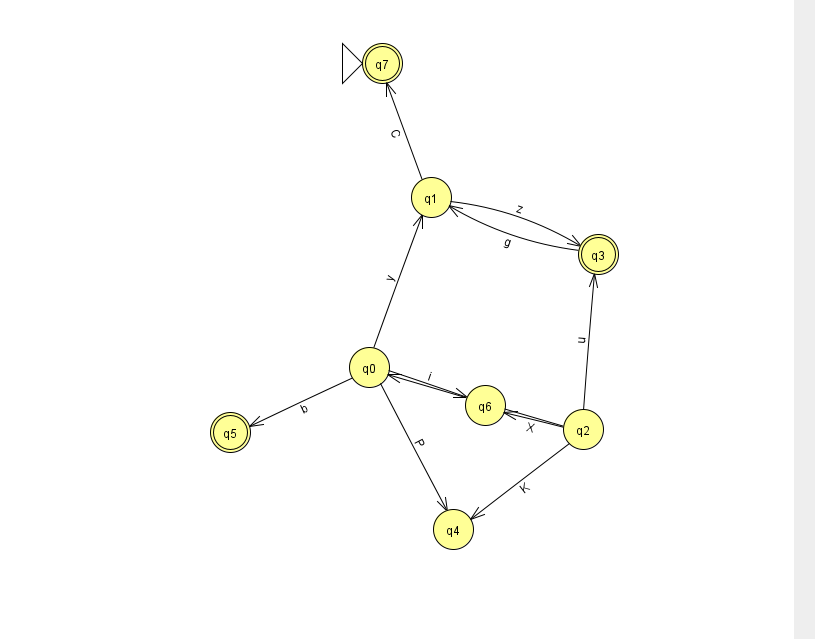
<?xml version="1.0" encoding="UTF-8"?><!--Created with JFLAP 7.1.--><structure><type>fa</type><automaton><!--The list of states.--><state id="0" name="q0"><x>369.0</x><y>354.0</y></state><state id="1" name="q1"><x>431.0</x><y>184.0</y></state><state id="2" name="q2"><x>583.0</x><y>416.0</y></state><state id="3" name="q3"><x>598.0</x><y>241.0</y><final/></state><state id="4" name="q4"><x>453.0</x><y>516.0</y></state><state id="5" name="q5"><x>230.0</x><y>419.0</y><final/></state><state id="6" name="q6"><x>485.0</x><y>392.0</y></state><state id="7" name="q7"><x>382.0</x><y>50.0</y><initial/><final/></state><!--The list of transitions.--><transition><from>0</from><to>1</to><read>y</read></transition><transition><from>1</from><to>7</to><read>C</read></transition><transition><from>2</from><to>6</to><read>X</read></transition><transition><from>1</from><to>3</to><read>z</read></transition><transition><from>2</from><to>3</to><read>u</read></transition><transition><from>0</from><to>6</to><read>i</read></transition><transition><from>2</from><to>4</to><read>K</read></transition><transition><from>0</from><to>5</to><read>b</read></transition><transition><from>0</from><to>4</to><read>P</read></transition><transition><from>2</from><to>0</to><read>z</read></transition><transition><from>3</from><to>1</to><read>g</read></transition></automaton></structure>